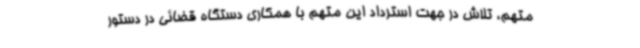
متهم، تلاش در جهت استرداد این متهم با همکاری دستگاه قضائی در دستور